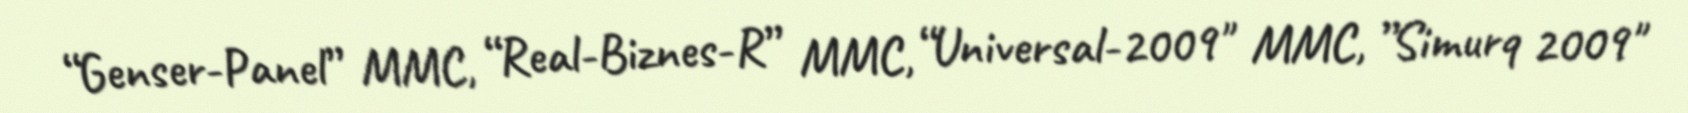
“Genser-Panel” MMC, “Real-Biznes-R” MMC, “Universal-2009" MMC, ”Simurq 2009"